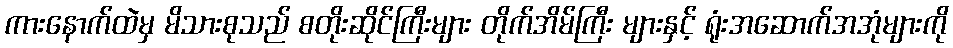
ကားနောက်ထဲမှ မိသားစုသည် စတိုးဆိုင်ကြီးများ တိုက်အိမ်ကြီး များနှင့် ရုံးအဆောက်အအုံများကို